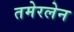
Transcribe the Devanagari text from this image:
तमेरलेन